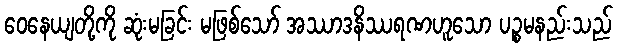
ဝေနေယျတို့ကို ဆုံးမခြင်း မဖြစ်သော် အဿာဒနိဿရဏဟူသော ပဉ္စမနည်းသည်